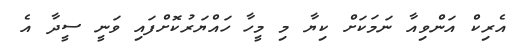
އެރިކް އަންވިއާ ނަމަކަށް ކިޔާ މި މީހާ ހައްޔަރުކޮށްފައި ވަނީ ސީދާ އެ